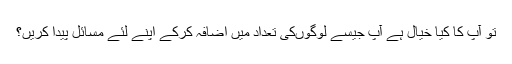
تو آپ کا کیا خیال ہے آپ جیسے لوگوں‌کی تعداد میں اضافہ کرکے اپنے لئے مسائل پیدا کریں؟